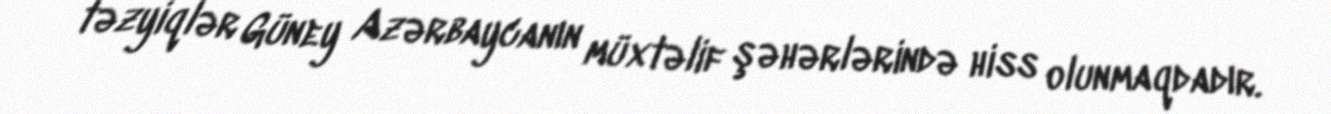
təzyiqlər Güney Azərbaycanın müxtəlif şəhərlərində hiss olunmaqdadır.